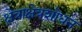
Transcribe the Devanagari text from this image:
क्षेत्राक्षेत्रशोधन